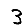
Digit: 3